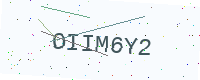
Text: OIIM6Y2